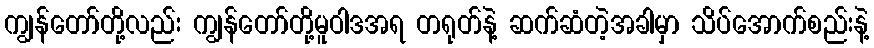
ကျွန်တော်တို့လည်း ကျွန်တော်တို့မူဝါဒအရ တရုတ်နဲ့ ဆက်ဆံတဲ့အခါမှာ သိပ်အောက်စည်းနဲ့